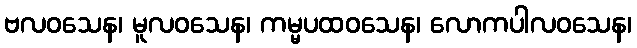
ဗလဝသေန၊ မူလဝသေန၊ ကမ္မပထဝသေန၊ လောကပါလဝသေန၊